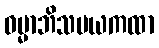
ဓမ္မာဘိသမယကထာ